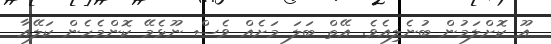
އޫ ކޮށްލަމުން ބުނެލިއެވެ. އޭތް ބަލަ މަށެއް ވެސް ނޫޅެމޭ ކޮންމެހެން ކަލޭއާ